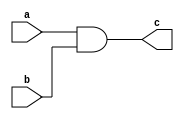
`timescale 1ns / 1ps
//////////////////////////////////////////////////////////////////////////////////
// Company: 
// Engineer: 
// 
// Design Name: 
// Module Name:    yumen_bltzal 
// Project Name: 
// Target Devices: 
// Tool versions: 
// Description: 
//
// Dependencies: 
//
// Revision: 
// Revision 0.01 - File Created
// Additional Comments: 
//
//////////////////////////////////////////////////////////////////////////////////
module yumen_bltzal(
    input a,
    input b,
    output c
    );
	 assign c = a & b;

endmodule